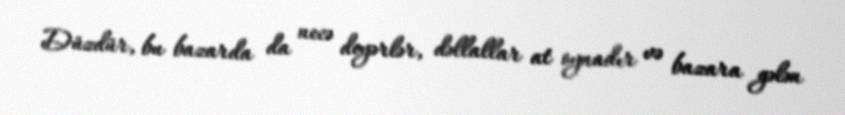
Düzdür, bu bazarda da necə deyərlər, dəllallar at oynadır və bazara gələn